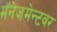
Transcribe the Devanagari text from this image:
मॅनेजमेन्टवर